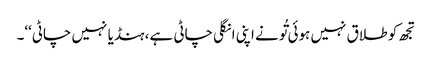
تجھ کو طلاق نہیں ہوئی تُونے اپنی انگلی چاٹی ہے، ہنڈیا نہیں چاٹی‘‘۔